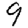
Digit: 9